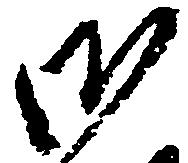
御